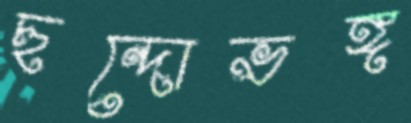
ছন্দোভঙ্গ